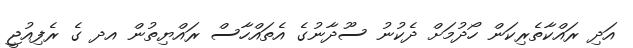
އަދި ރައްކާތެރިކަން ހޯދުމަށް ދެކުނު ސޫދާނުގެ އެތައްހާސް ރައްޔިތުން އދ ގެ ރެފިއުޖީ